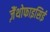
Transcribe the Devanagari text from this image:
ज़ैंथोफाइसिई